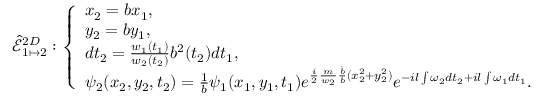
\hat { \mathcal { E } } _ { 1 \mapsto 2 } ^ { 2 D } : \left\{ \begin{array} { l l } { x _ { 2 } = b x _ { 1 } , } \\ { y _ { 2 } = b y _ { 1 } , } \\ { d t _ { 2 } = \frac { w _ { 1 } ( t _ { 1 } ) } { w _ { 2 } ( t _ { 2 } ) } b ^ { 2 } ( t _ { 2 } ) d t _ { 1 } , } \\ { \psi _ { 2 } ( x _ { 2 } , y _ { 2 } , t _ { 2 } ) = \frac { 1 } { b } \psi _ { 1 } ( x _ { 1 } , y _ { 1 } , t _ { 1 } ) e ^ { \frac { i } { 2 } \frac { m } { w _ { 2 } } \frac { \dot { b } } { b } ( x _ { 2 } ^ { 2 } + y _ { 2 } ^ { 2 } ) } e ^ { - i l \int \omega _ { 2 } d t _ { 2 } + i l \int \omega _ { 1 } d t _ { 1 } } . } \end{array} \right.